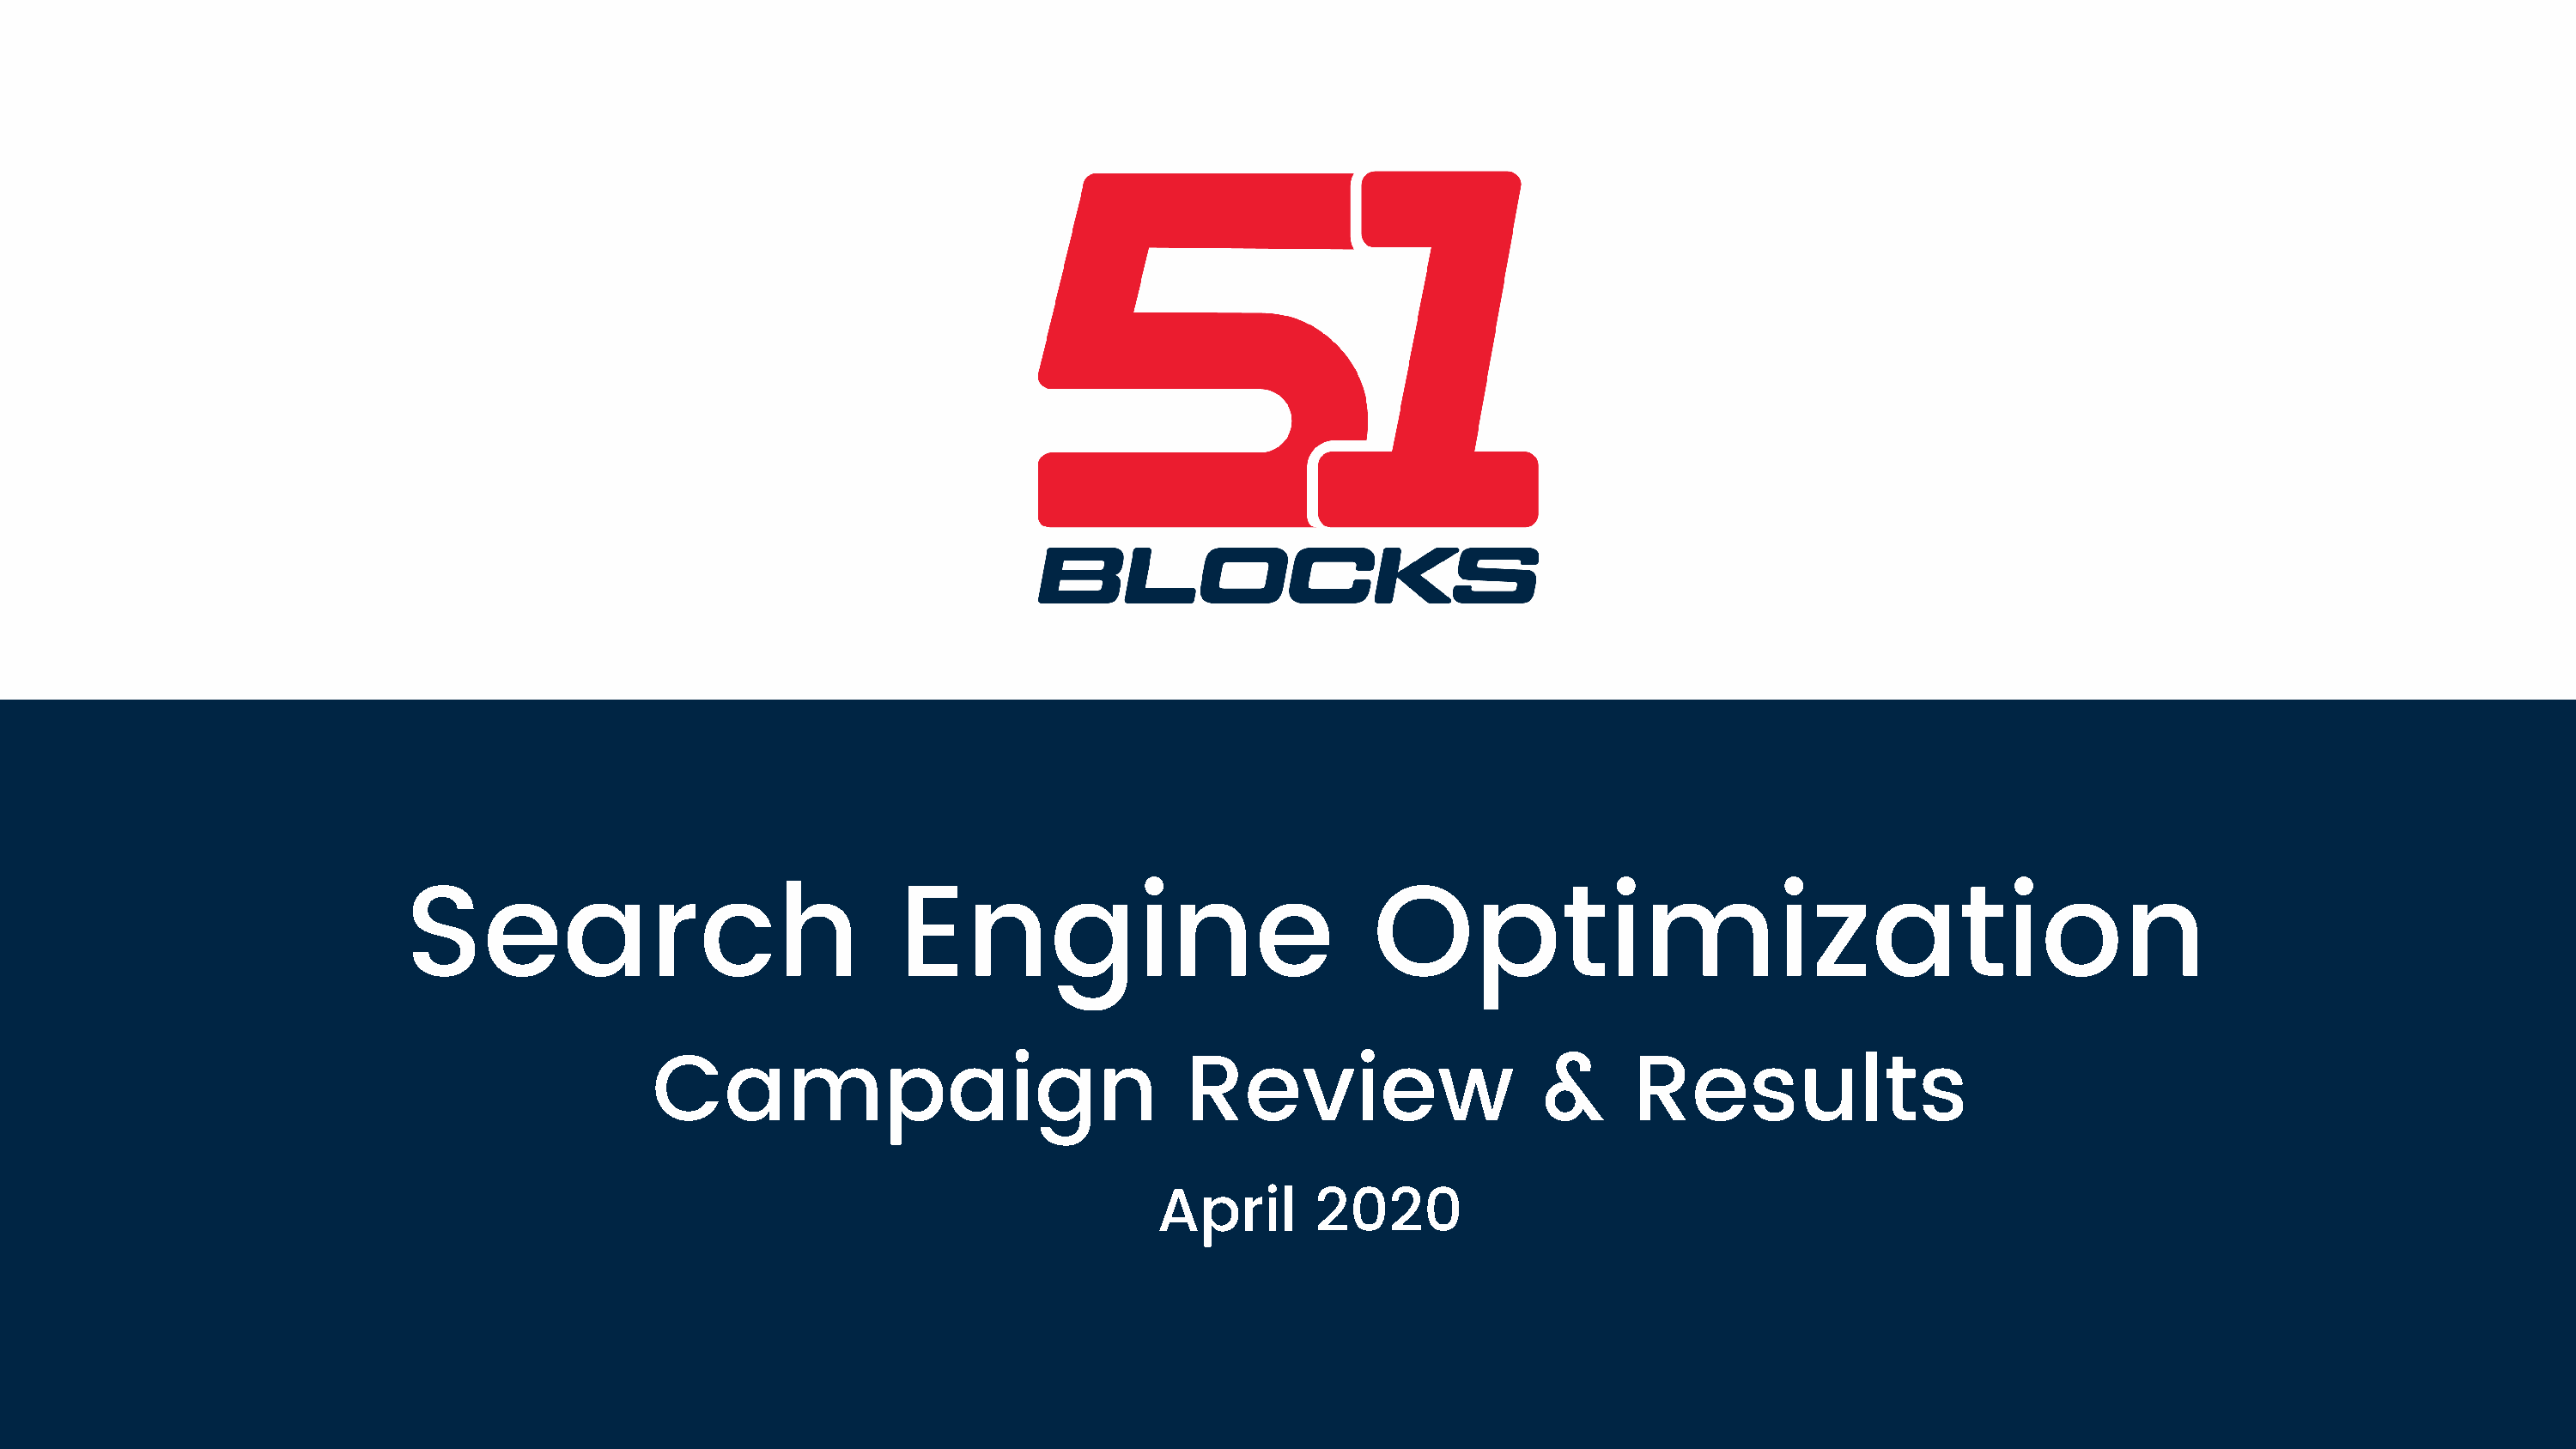
A  P   R  I L   2  2  ,  2  0  2  0
 Search                                Engine                               Optimization
 Campaign                                 Review                      &      Results
 April       2020